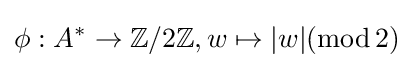
\phi :A^{*}\to \mathbb {Z} /2\mathbb {Z} ,w\mapsto |w|(\operatorname {mod} 2)